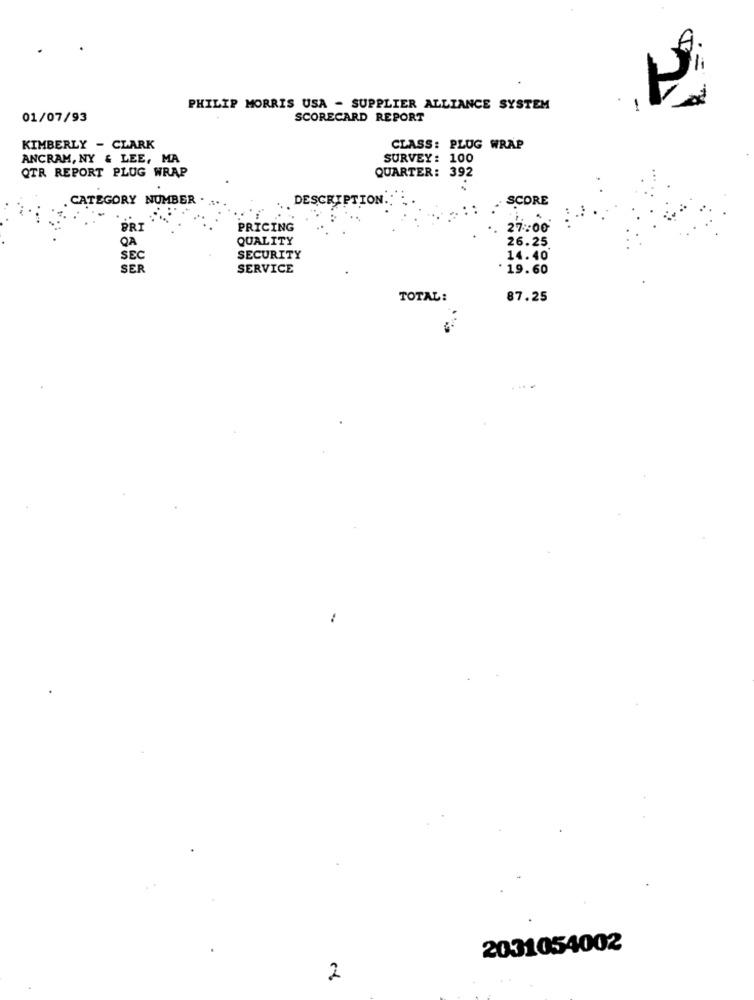
PHILIP MORRIS USA - SUPPLIER ALLIANCE SYSTEM
1
01/07/93
SCORECARD REPORT
KIMBERLY - CLARK
CLASS: PLUG WRAP
ANCRAM, NY & LEE, MA
SURVEY: 100
QTR REPORT PLUG WRAP
QUARTER: 392
CATEGORY NUMBER .
DESCRIPTION.
SCORE
PRI
PRICING
.. 27:00'
QUALITY
26.25
SEC
SECURITY
14.40
SER
SERVICE
19.60
TOTAL:
87.25
2031054002
2